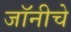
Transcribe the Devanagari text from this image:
जॉनीचे